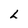
Character: h